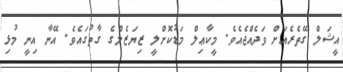
އީޝަލް ގޭތެރެއަށް ވަދެއްޖެއެވެ. މީކާޢިލް މަޑުކޮށްލީ ޒިޔަޒެލްގެ ގާތުގައެވެ. އޭނާ އިނީ މުޅި